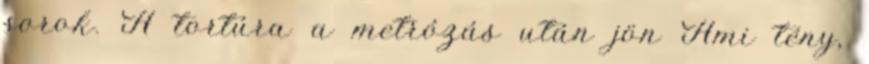
sorok. A tortúra a metrózás után jön Ami tény,